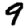
Digit: 9